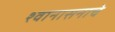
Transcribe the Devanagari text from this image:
श्वानासनाचे